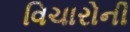
વિચારોની